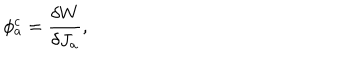
\phi _ { a } ^ { c } = \frac { \delta W } { \delta J _ { a } } ,